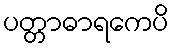
ပတ္တာဓာရကေပိ